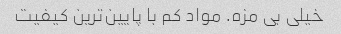
خیلی بی مزه. مواد کم با پایین‌ترین کیفیت